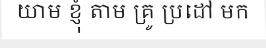
យាម ខ្ញុំ តាម គ្រូ ប្រដៅ មក